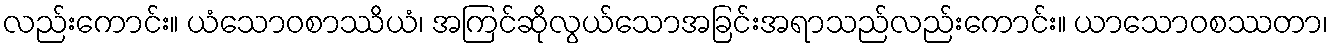
လည်းကောင်း။ ယံသောဝစာဿိယံ၊ အကြင်ဆိုလွယ်သောအခြင်းအရာသည်လည်းကောင်း။ ယာသောဝစဿတာ၊